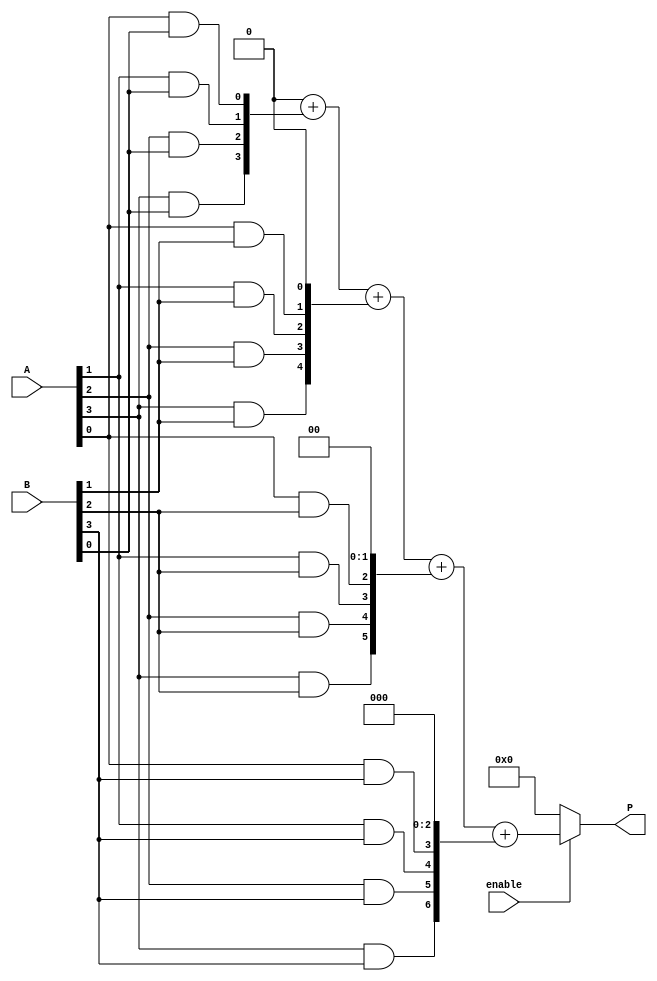
module vedic_multiplier #(parameter N = 4)(
    input [N-1:0] A,
    input [N-1:0] B,
    input enable,
    output reg [2*N-1:0] P
);

    reg [N-1:0] partial_products [0:N-1];
    reg [2*N-1:0] sum;
    
    integer i, j;

    always @(*) begin
        if (enable) begin
            // Step 1: Generate Partial Products
            for (i = 0; i < N; i = i + 1) begin
                for (j = 0; j < N; j = j + 1) begin
                    partial_products[i][j] = A[j] & B[i];
                end
            end

            // Step 2: Crosswise Addition
            // Initialize sum
            sum = 0;

            for (i = 0; i < N; i = i + 1) begin
                sum = sum + (partial_products[i] << i); // Shift partial product
            end

            // Step 3: Assign the final product
            P = sum;
        end else begin
            // If not enabled, output 0
            P = 0;
        end
    end
endmodule